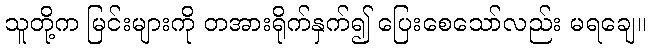
သူတို့က မြင်းများကို တအားရိုက်နှက်၍ ပြေးစေသော်လည်း မရချေ။